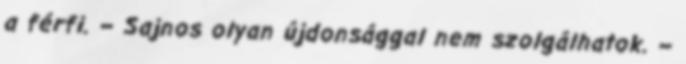
a férfi. – Sajnos olyan újdonsággal nem szolgálhatok. –